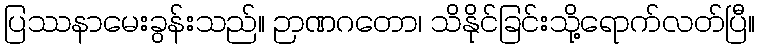
ပြဿနာမေးခွန်းသည်။ ဉာဏဂတော၊ သိနိုင်ခြင်းသို့ရောက်လတ်ပြီ။